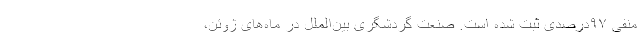
منفی ۹۷درصدی ثبت شده است. صنعت گردشگری بین‌الملل در ماه‌های ژوئن،